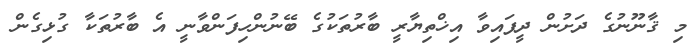
މި ޤާނޫނުގެ ދަށުން ދީފައިވާ އިޚްތިޔާރީ ބާރުތަކުގެ ބޭނުންހިފަންވާނީ އެ ބާރުތަކާ ގުޅިގެން